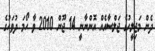
ދެން މަޖިލީހުގެ ޖަލްސާއެއް އޮންނާނީ 14 ޖޫން 2010 ވާ ހޯމަ ދުވަހުގެ